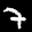
Label: 7